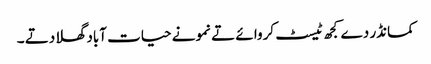
کمانڈر دے کجھ ٹیسٹ کروا ئے تے نمونے حیات آباد گھلا دتے ۔